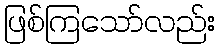
ဖြစ်ကြသော်လည်း